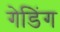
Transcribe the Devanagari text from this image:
गेडिंग